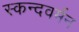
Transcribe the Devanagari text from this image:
स्कन्दवर्मन